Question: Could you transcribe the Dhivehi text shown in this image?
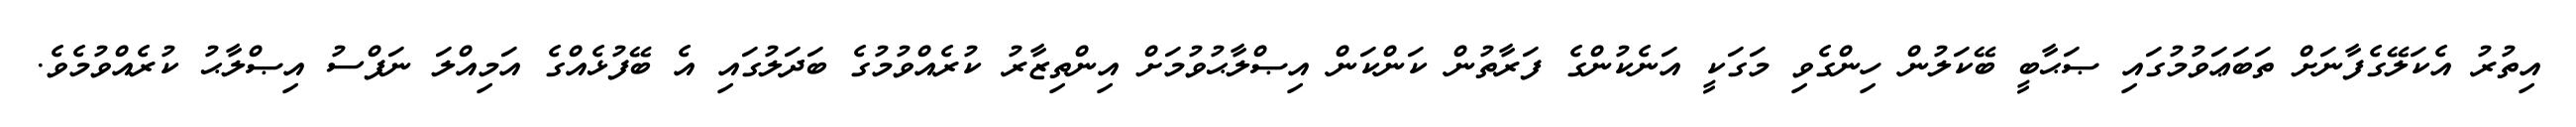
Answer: އިތުރު އެކަލޭގެފާނަށް ތަބަޢަވުމުގައި ޞަޙާބީ ބޭކަލުން ހިންގެވި މަގަކީ އަނެކުންގެ ފަރާތުން ކަންކަން އިޞްލާޙުވުމަށް އިންތިޒާރު ކުރެއްވުމުގެ ބަދަލުގައި އެ ބޭފުޅެއްގެ އަމިއްލަ ނަފްސު އިޞްލާޙު ކުރެއްވުމެވެ.